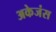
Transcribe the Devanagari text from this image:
अकेजंस